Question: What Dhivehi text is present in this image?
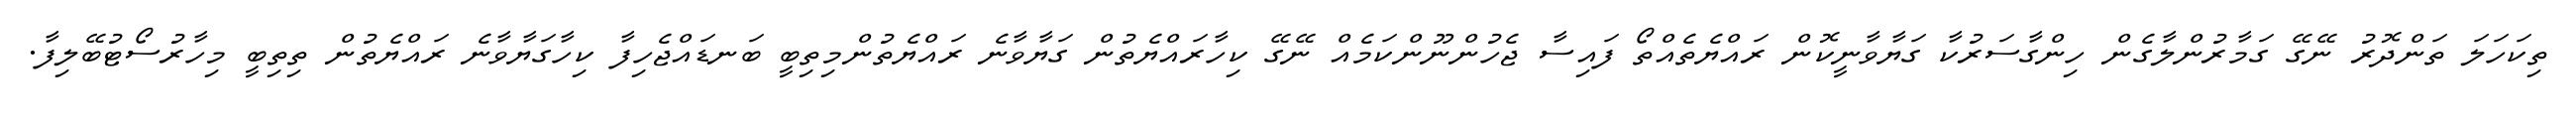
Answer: ތިކަހަލަ ތަންދޮރު ނޭގޭ ގަމާރުންލާގެން ހިންގާސަރުކާ ގަޔާވާނީކޮން ރައްޔެތެއްތޯ ފައިސާ ޖެހުންނޫންކަމެއް ނޭގޭ ކިހާރައްޔެތުން ގަޔާވާނެ ރައްޔެތުންމިތިބީ ބަނޑައްޖެހިފާ ކިހާގަޔާވާނެ ރައްޔެތުން ތިތިބީ މިހާރުސޯޓުބޭލިފާ.